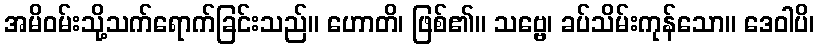
အမိဝမ်းသို့သက်ရောက်ခြင်းသည်။ ဟောတိ၊ ဖြစ်၏။ သဗ္ဗေ၊ ခပ်သိမ်းကုန်သော။ ဒေဝါပိ၊